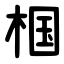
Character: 椢